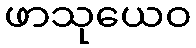
ဖာသုယေဝ